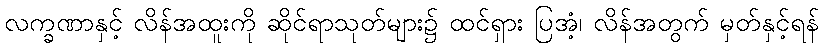
လက္ခဏာနှင့် လိန်အထူးကို ဆိုင်ရာသုတ်များ၌ ထင်ရှား ပြအံ့၊ လိန်အတွက် မှတ်နှင့်ရန်